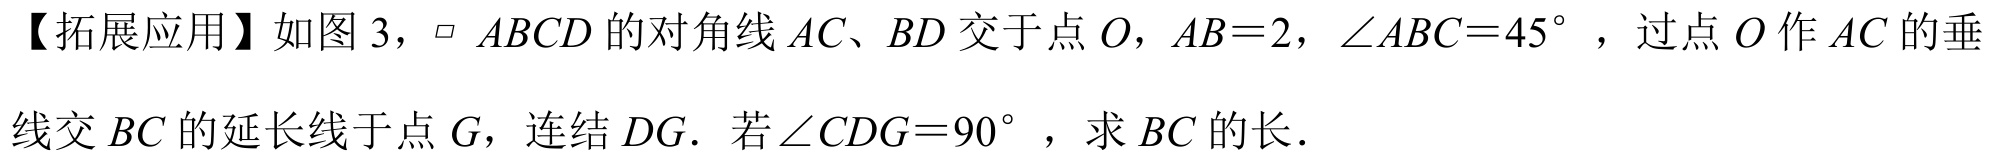
【拓展应用】如图3，$\parallelogram\ ABCD$的对角线$AC、BD$交于点$O$，$AB = 2$，$\angle ABC = 45^{\circ}$，过点$O$作$AC$的垂
线交$BC$的延长线于点$G$，连结$DG$．若$\angle CDG = 90^{\circ}$，求$BC$的长．